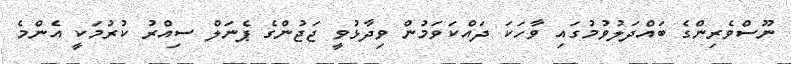
ނޫސްވެރިންގެ ބައްދަލުވުމުގައި ވާހަކަ ދައްކަވަމުން ވިދާޅުވީ ޖަޖުންގެ ޕެނަލް ސިއްރު ކުރުމަކީ އެންމެ